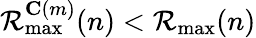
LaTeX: \mathcal{R}_{\operatorname*{max}}^{\mathbf{C}(m)}(n)<\mathcal{R}_{\operatorname*{max}}(n)